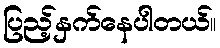
ပြည့်နှက်နေပါတယ်။